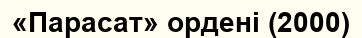
«Парасат» ордені (2000)